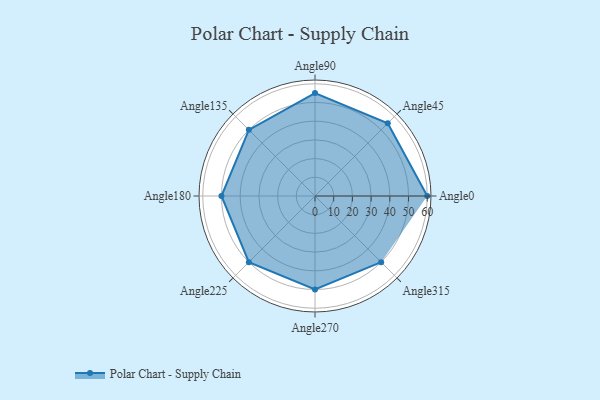
{"axis": {"x": "Angle", "y": "Radius"}, "legend": [""], "data": [{"x": "Angle0", "y": 60.0, "type": ""}, {"x": "Angle45", "y": 55.0, "type": ""}, {"x": "Angle90", "y": 55.0, "type": ""}, {"x": "Angle135", "y": 50, "type": ""}, {"x": "Angle180", "y": 50, "type": ""}, {"x": "Angle225", "y": 50, "type": ""}, {"x": "Angle270", "y": 50, "type": ""}, {"x": "Angle315", "y": 50, "type": ""}]}